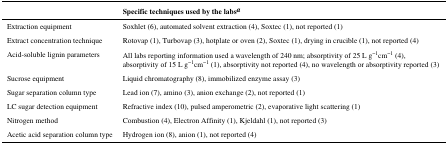
<table><thead><tr><td></td><td><b>Specific techniques used by the labsa</b></td></tr></thead><tbody><tr><td>Extraction equipment</td><td>Soxhlet (6), automated solvent extraction (4), Soxtec (1), not reported (1)</td></tr><tr><td>Extract concentration technique</td><td>Rotovap (1), Turbovap (3), hotplate or oven (2), Soxtec (1), drying in crucible (1), not reported (4)</td></tr><tr><td>Acid-soluble lignin parameters</td><td>All labs reporting information used a wavelength of 240 nm; absorptivity of 25 L g<sup>−1</sup>cm<sup>−1</sup> (4), absorptivity of 15 L g<sup>−1</sup>cm<sup>−1</sup> (1), absorptivity not reported (4), no wavelength or absorptivity reported (3)</td></tr><tr><td>Sucrose equipment</td><td>Liquid chromatography (8), immobilized enzyme assay (3)</td></tr><tr><td>Sugar separation column type</td><td>Lead ion (7), amino (3), anion exchange (2), not reported (1)</td></tr><tr><td>LC sugar detection equipment</td><td>Refractive index (10), pulsed amperometric (2), evaporative light scattering (1)</td></tr><tr><td>Nitrogen method</td><td>Combustion (4), Electron Affinity (1), Kjeldahl (1), not reported (3)</td></tr><tr><td>Acetic acid separation column type</td><td>Hydrogen ion (8), anion (1), not reported (4)</td></tr></tbody></table>